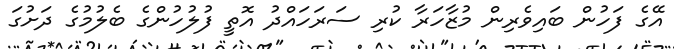
އޭގެ ފަހުން ބައިވެރިން މުޒާހަރާ ކުރި ސަރަހައްދު އޮތީ ފުލުހުންގެ ބެލުމުގެ ދަށުގަ